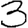
Digit: 3